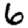
Digit: 6